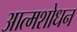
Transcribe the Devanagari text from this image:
आत्मशोधन